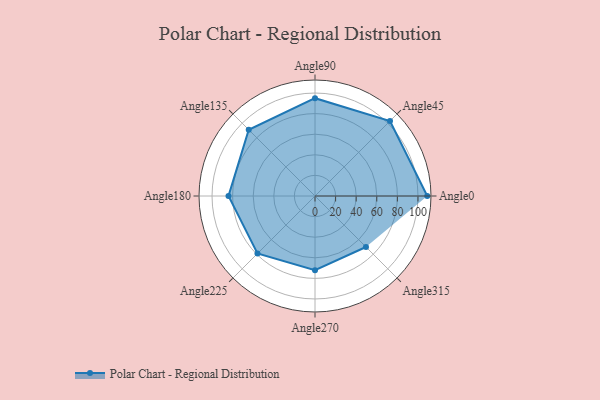
{"axis": {"x": "Angle", "y": "Radius"}, "legend": [""], "data": [{"x": "Angle0", "y": 109.0, "type": ""}, {"x": "Angle45", "y": 103.0, "type": ""}, {"x": "Angle90", "y": 95.0, "type": ""}, {"x": "Angle135", "y": 91.0, "type": ""}, {"x": "Angle180", "y": 84.0, "type": ""}, {"x": "Angle225", "y": 79.0, "type": ""}, {"x": "Angle270", "y": 72.0, "type": ""}, {"x": "Angle315", "y": 70.0, "type": ""}]}